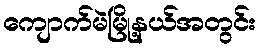
ကျောက်မဲမြို့နယ်အတွင်း